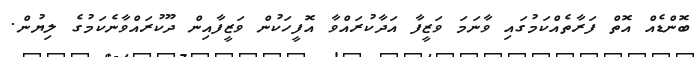
ބޮންޑެއް އޮތް ފަރާތެއްކަމުގައި ވާނަމަ ވަޒީފާ އަދާކުރައްވާ އޮފީހަކުން ވަޒީފާއިން ދޫކުރައްވާނެކަމުގެ ލިޔުން.